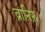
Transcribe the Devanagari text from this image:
ब्रानिफ़